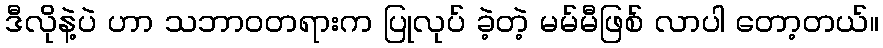
ဒီလိုနဲ့ပဲ ဟာ သဘာဝတရားက ပြုလုပ် ခဲ့တဲ့ မမ်မီဖြစ် လာပါ တော့တယ်။